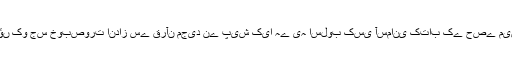
انبیاء﷩ کی دعاؤں کو جس خوبصورت انداز سے قرآن مجید نے پیش کیا ہے یہ اسلوب کسی آسمانی کتاب کے حصے میں بھی نہیں آیا ۔